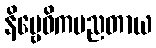
နိဗ္ဗေဓိကပညတာယ